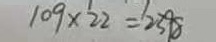
1 0 9 \times 2 2 = 2 3 9 8